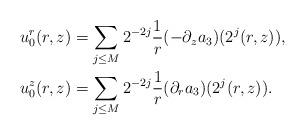
LaTeX: \begin{align*}&u_0^r(r,z) = \sum_{j\le M} 2^{-2j} \frac 1 r ( -\partial_z a_3)(2^j(r,z)), \\&u_0^z(r,z) = \sum_{j\le M} 2^{-2j} \frac 1 r (\partial_r a_3)(2^j(r,z)).\end{align*}